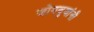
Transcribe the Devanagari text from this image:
जोगबुवांनी